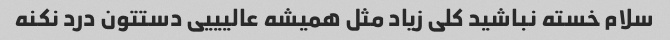
سلام خسته نباشید کلی زیاد مثل همیشه عالیییی دستتون درد نکنه